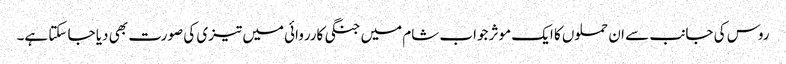
روس کی جانب سے ان حملوں کا ایک موثر جواب شام میں جنگی کارروائی میں تیزی کی صورت بھی دیا جا سکتا ہے۔